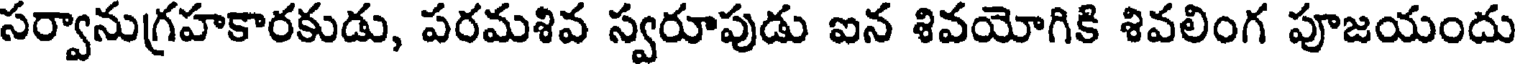
సర్వానుగ్రహకారకుడు, పరమశివ స్వరూపుడు ఐన శివయోగికి శివలింగ పూజయందు